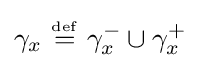
\gamma _{x}\ {\overset {\underset {\mathrm {def} }{}}{=}}\ \gamma _{x}^{-}\cup \gamma _{x}^{+}